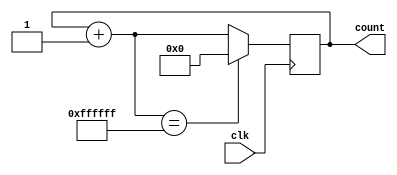
module CNT24B(clk,count);
	input clk;
	output[23:0] count;
	reg[23:0] count=0;
always@(posedge clk)
begin
	count = count+1;
	if(count == 24'hffffff)
		count = 0;
end
endmodule